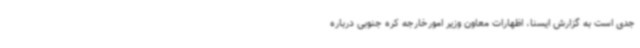
جدی است به گزارش ایسنا، اظهارات معاون وزیر امورخارجه کره جنوبی درباره